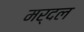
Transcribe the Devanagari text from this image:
मर्दल